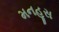
મનહૂસ